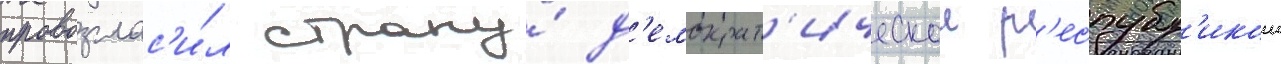
провозглас'и́л страну́ д'емократ'ическои р'еспубл'икои